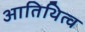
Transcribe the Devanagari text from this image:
आतिथित्व